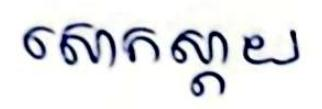
សោកស្ដាយ